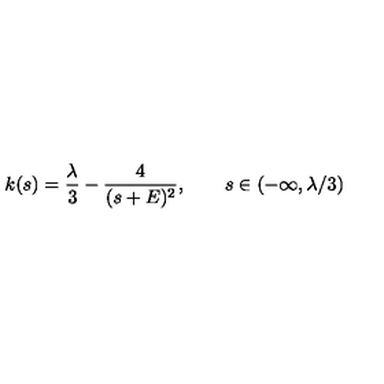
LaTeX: k ( s ) = \frac { \lambda } 3 - \frac { 4 } { ( s + E ) ^ { 2 } } , \qquad s \in ( - \infty , \lambda / 3 )